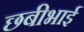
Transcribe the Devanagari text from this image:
छबीभाई